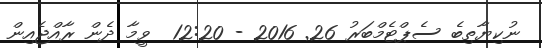
ނުކިޔާތިބެ ސެޕްޓެމްބަރު 26